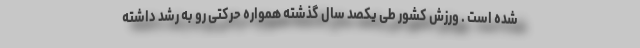
شده است . ورزش کشور طی یکصد سال گذشته همواره حرکتی رو به رشد داشته